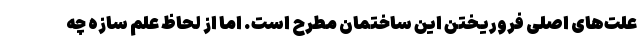
علت‌های اصلی فروریختن این ساختمان مطرح است. اما از لحاظ علم سازه چه